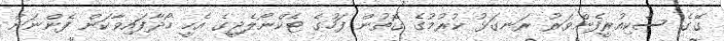
ގޭގެ ސެކިއުރީފެންވަރު ރަނގަޅު ކުރުމުގެ ގޮތުން ފަހުގެ ޓެކްނޯލެޖީގެ އެހީ ހޯދާފައިވާކަން ފެންނަން